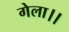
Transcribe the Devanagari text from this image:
गेला।।